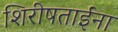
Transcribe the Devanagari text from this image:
शिरीषताईंना